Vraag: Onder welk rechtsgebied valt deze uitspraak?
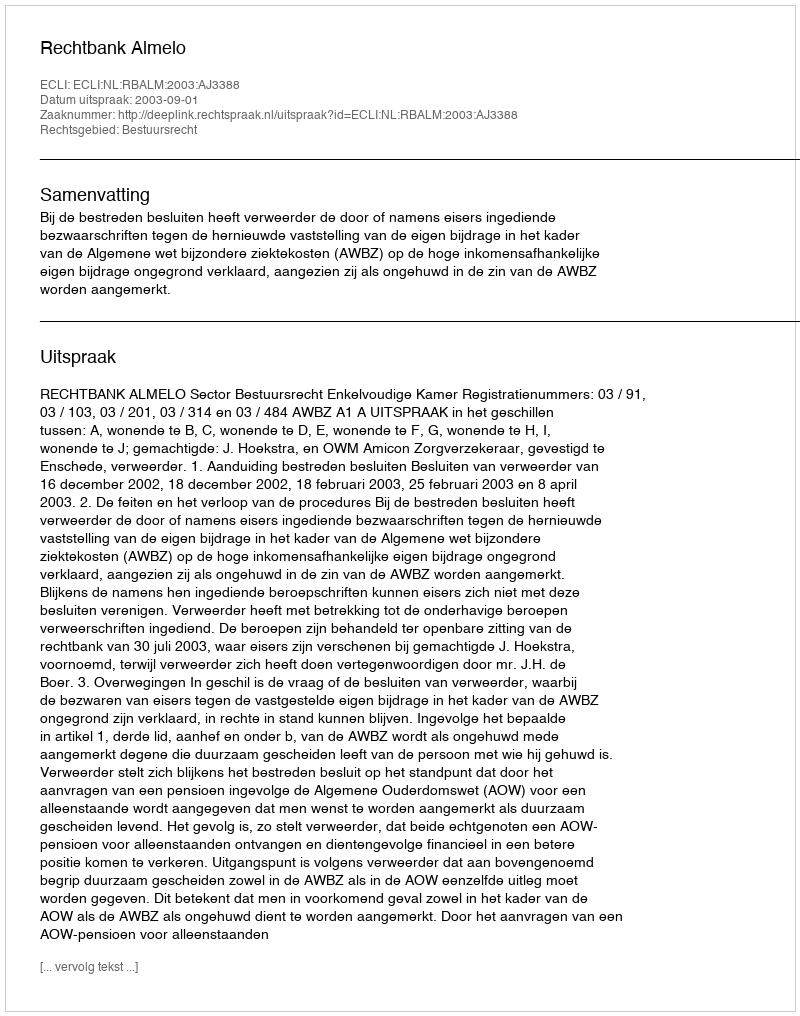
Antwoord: Bestuursrecht